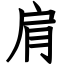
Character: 肩